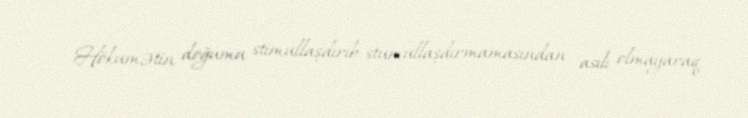
- Hökumətin doğumu stimullaşdırıb-stumullaşdırmamasından asılı olmayaraq,